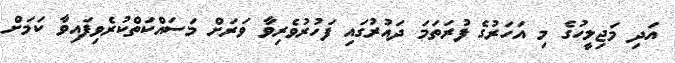
އަދި މަޖިލީހުގެ މި އަހަރުގެ ފުރަތަމަ ދައުރުގައި ފަހުރުވެރިވާ ވަރަށް މަސައްކަތްކުރެވިފައިވާ ކަމަށް